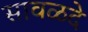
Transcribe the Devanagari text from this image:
सावळदे